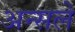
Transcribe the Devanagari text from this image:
अन्सले